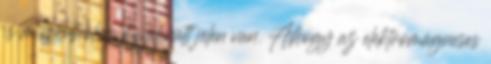
is mindenhol és mindenütt jelen van. Ahogy az elektromágneses